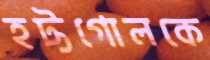
হট্টগোলকে